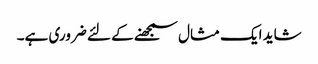
شاید ایک مثال سمجھنے کے لئے ضروری ہے۔